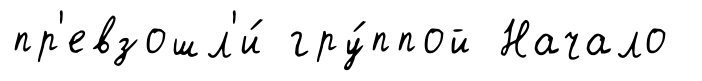
пр'евзошл'и́ гру́ппой Начало